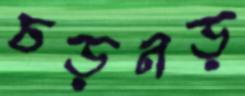
চড়নড়